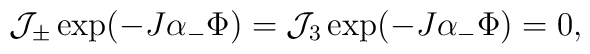
{\cal J}_\pm \exp(-J\alpha_- \Phi)={\cal J}_3 \exp(-J\alpha_- \Phi)=0,